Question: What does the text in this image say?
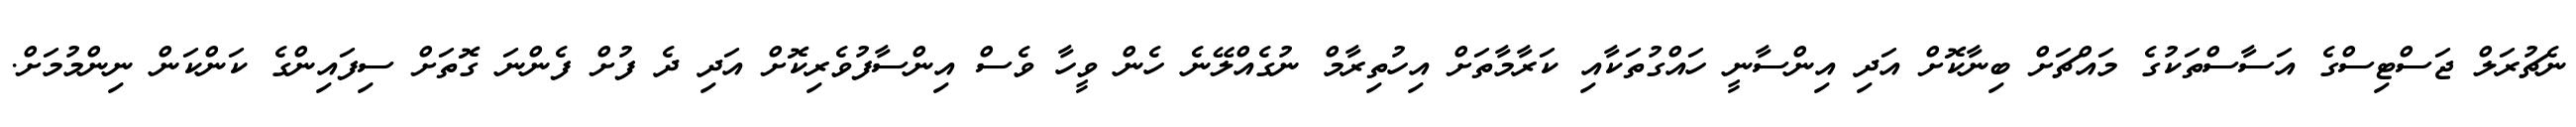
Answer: ނެޗުރަލް ޖަސްޓިސްގެ އަސާސްތަކުގެ މައްޗަށް ބިނާކޮށް އަދި އިންސާނީ ހައްގުތަކާއި ކަރާމާތަށް އިހުތިރާމް ނުގެއްލޭނެ ހެން ވީހާ ވެސް އިންސާފުވެރިކޮށް އަދި ދެ ފުށް ފެންނަ ގޮތަށް ސިފައިންގެ ކަންކަން ނިންމުމަށް.